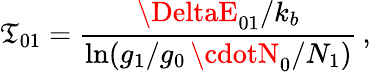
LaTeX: \mathfrak{T}_{01}=\frac{{\DeltaE_{01}/k_{b}}}{{\ln(g_{1}/g_{0}\, \cdotN_{0}/N_{1})}}\, ,